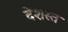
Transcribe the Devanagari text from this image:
देशस्त